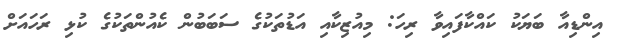
އިންޑިއާ ބަޔަކު ކައްކާފައިވާ ރިހަ: މިއުޒިކާއި އަޑުތަކުގެ ސަބަބުން ކެއުންތަކުގެ ކުޅި ރަހައަށް